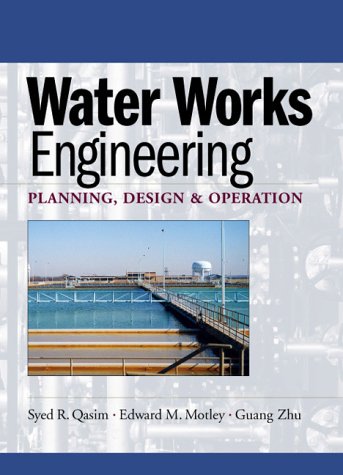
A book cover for Water Works Engineering: Planning, Design And Operation; Syed R. Qasim; Engineering & Transportation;